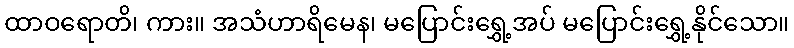
ထာဝရောတိ၊ ကား။ အသံဟာရိမေန၊ မပြောင်းရွှေ့အပ် မပြောင်းရွှေ့နိုင်သော။